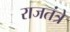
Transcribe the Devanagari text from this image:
राजतंत्रे